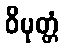
ဝိမုတ္တံ